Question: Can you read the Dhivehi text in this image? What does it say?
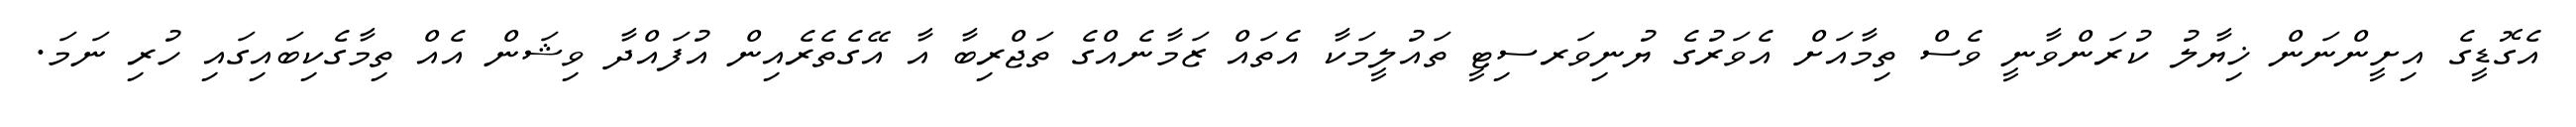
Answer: އެގޮޑީގެ އިށީންނަން ޚިޔާލު ކުރަންވާނީ ވެސް ތިމާއަށް އެވަރުގެ ޔުނިވަރސިޓީ ތައުލީމަކާ އެތައް ޒަމާނެއްގެ ތަޖްރިބާ އާ އޭގެތެރެއިން އުފައްދާ ވިޝަން އެއް ތިމާގެކިބައިގައި ހުރި ނަމަ.